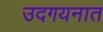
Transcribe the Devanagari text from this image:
उदगयनात